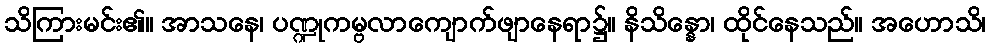
သိကြားမင်း၏။ အာသနေ၊ ပဏ္ဍုကမ္ဗလာကျောက်ဖျာနေရာ၌။ နိသိန္နော၊ ထိုင်နေသည်။ အဟောသိ၊